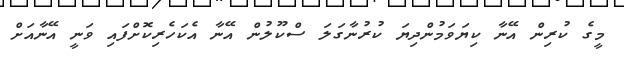
މީގެ ކުރިން އޭނާ ކިޔަވަމުންދިޔަ ކުރުނާގަލަ ސްކޫލުން އޭނާ އެކަހެރިކޮށްފައި ވަނީ އޭނާއަށް